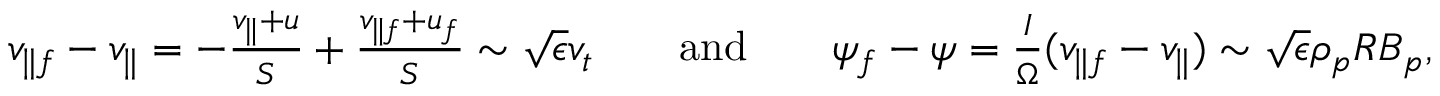
\begin{array} { r l r l r } { v _ { \parallel f } - v _ { \parallel } = - \frac { v _ { \parallel } + u } { S } + \frac { v _ { \parallel f } + u _ { f } } { S } \sim \sqrt { \epsilon } v _ { t } } & { } & { \mathrm { a n d } } & { } & { \psi _ { f } - \psi = \frac { I } { \Omega } ( v _ { \parallel f } - v _ { \parallel } ) \sim \sqrt { \epsilon } \rho _ { p } R B _ { p } , } \end{array}